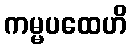
ကမ္မပထေဟိ